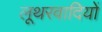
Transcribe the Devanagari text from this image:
लूथरवादियों